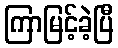
ကြာမြင့်ခဲ့ပြီ